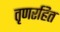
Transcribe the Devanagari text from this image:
तृणरहित